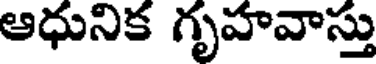
ఆధునిక గృహవాస్తు